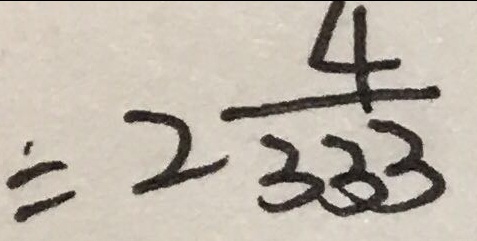
= 2 \frac { 4 } { 3 3 3 }